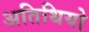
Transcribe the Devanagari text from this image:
अतिथियो